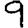
Digit: 9